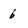
Character: 6